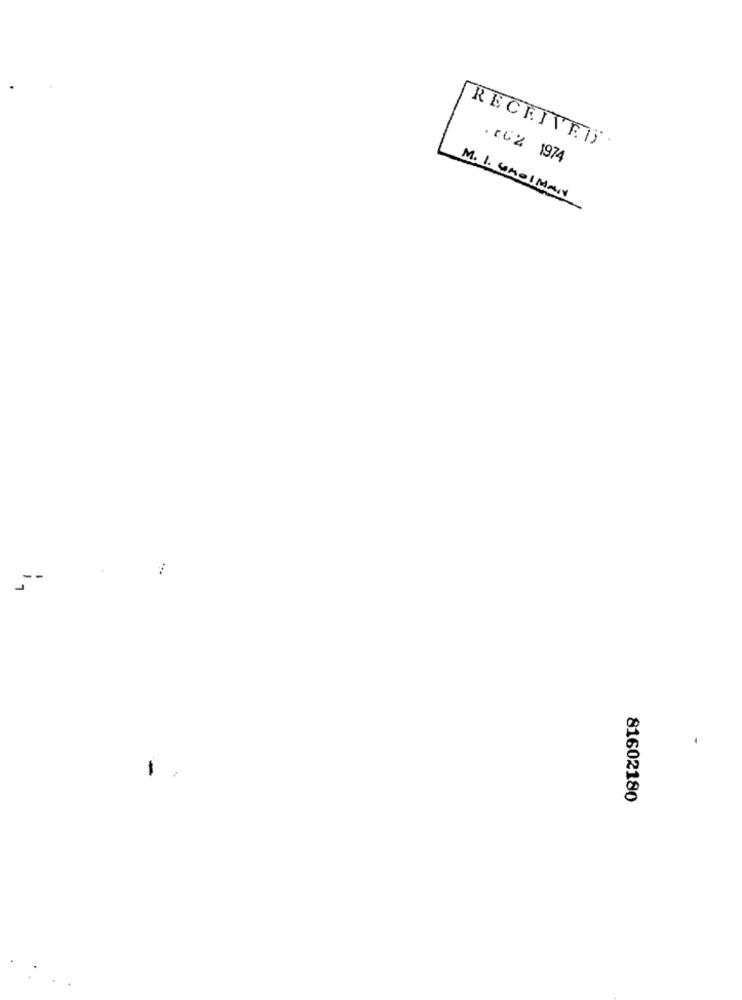
RECEIVEIS
.CU2 1974
M. 1. 6MOIMANN
81602180